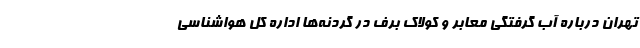
تهران درباره آب گرفتگی معابر و کولاک برف در گردنه‌ها اداره کل هواشناسی